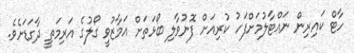
ހާޓް ކައިރިން ނައްޓާލުމަށްފަހު ކުރިއަށް ފޮނުވާލި ބޯޅަތަށް އަމާޒުވީ ގޯލުގެ އަރިމަތީ ދާގަޑަށެވެ.